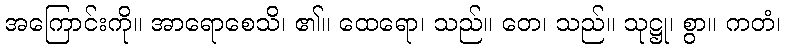
အကြောင်းကို။ အာရောစေသိ၊ ၏။ ထေရော၊ သည်။ တေ၊ သည်။ သုဋ္ဌု၊ စွာ။ ကတံ၊